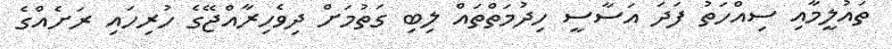
ތައުލީމާއި ސިއްހަތު ފަދަ އަސާސީ ހިދުމަތްތައް ލިބި ގަތުމަށް ދިވެހިރާއްޖޭގެ ހުރިހައި ރަށެއްގެ